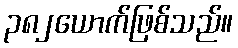
၃၈၂ယောက်ဖြစ်သည်။